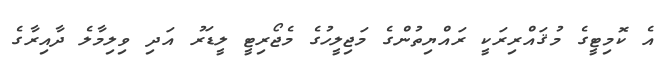
އެ ކޮމިޓީގެ މުޤައްރިރަކީ ރައްޔިތުންގެ މަޖިލީހުގެ މެޖޯރިޓީ ލީޑަރު އަދި ވިލިމާލެ ދާއިރާގެ